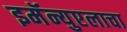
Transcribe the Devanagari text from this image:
इमॅन्युएलाचा